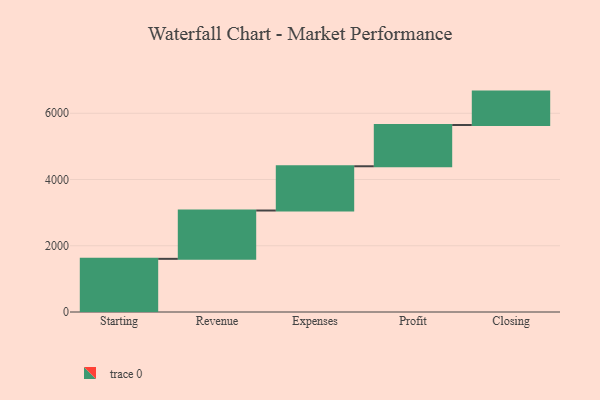
{"axis": {"x": "Step", "y": "Value"}, "legend": [""], "data": [{"x": "Starting", "y": 1605.0, "type": ""}, {"x": "Revenue", "y": 1459.0, "type": ""}, {"x": "Expenses", "y": 1336.0, "type": ""}, {"x": "Profit", "y": 1245.0, "type": ""}, {"x": "Closing", "y": 1009.0, "type": ""}]}